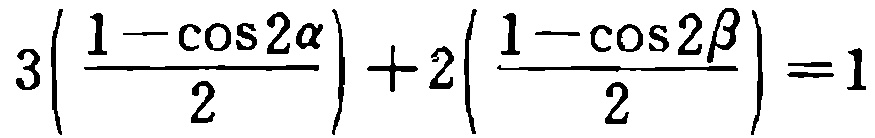
\(3\left(\frac{1 - \cos 2\alpha}{2}\right)+2\left(\frac{1 - \cos 2\beta}{2}\right)=1\)